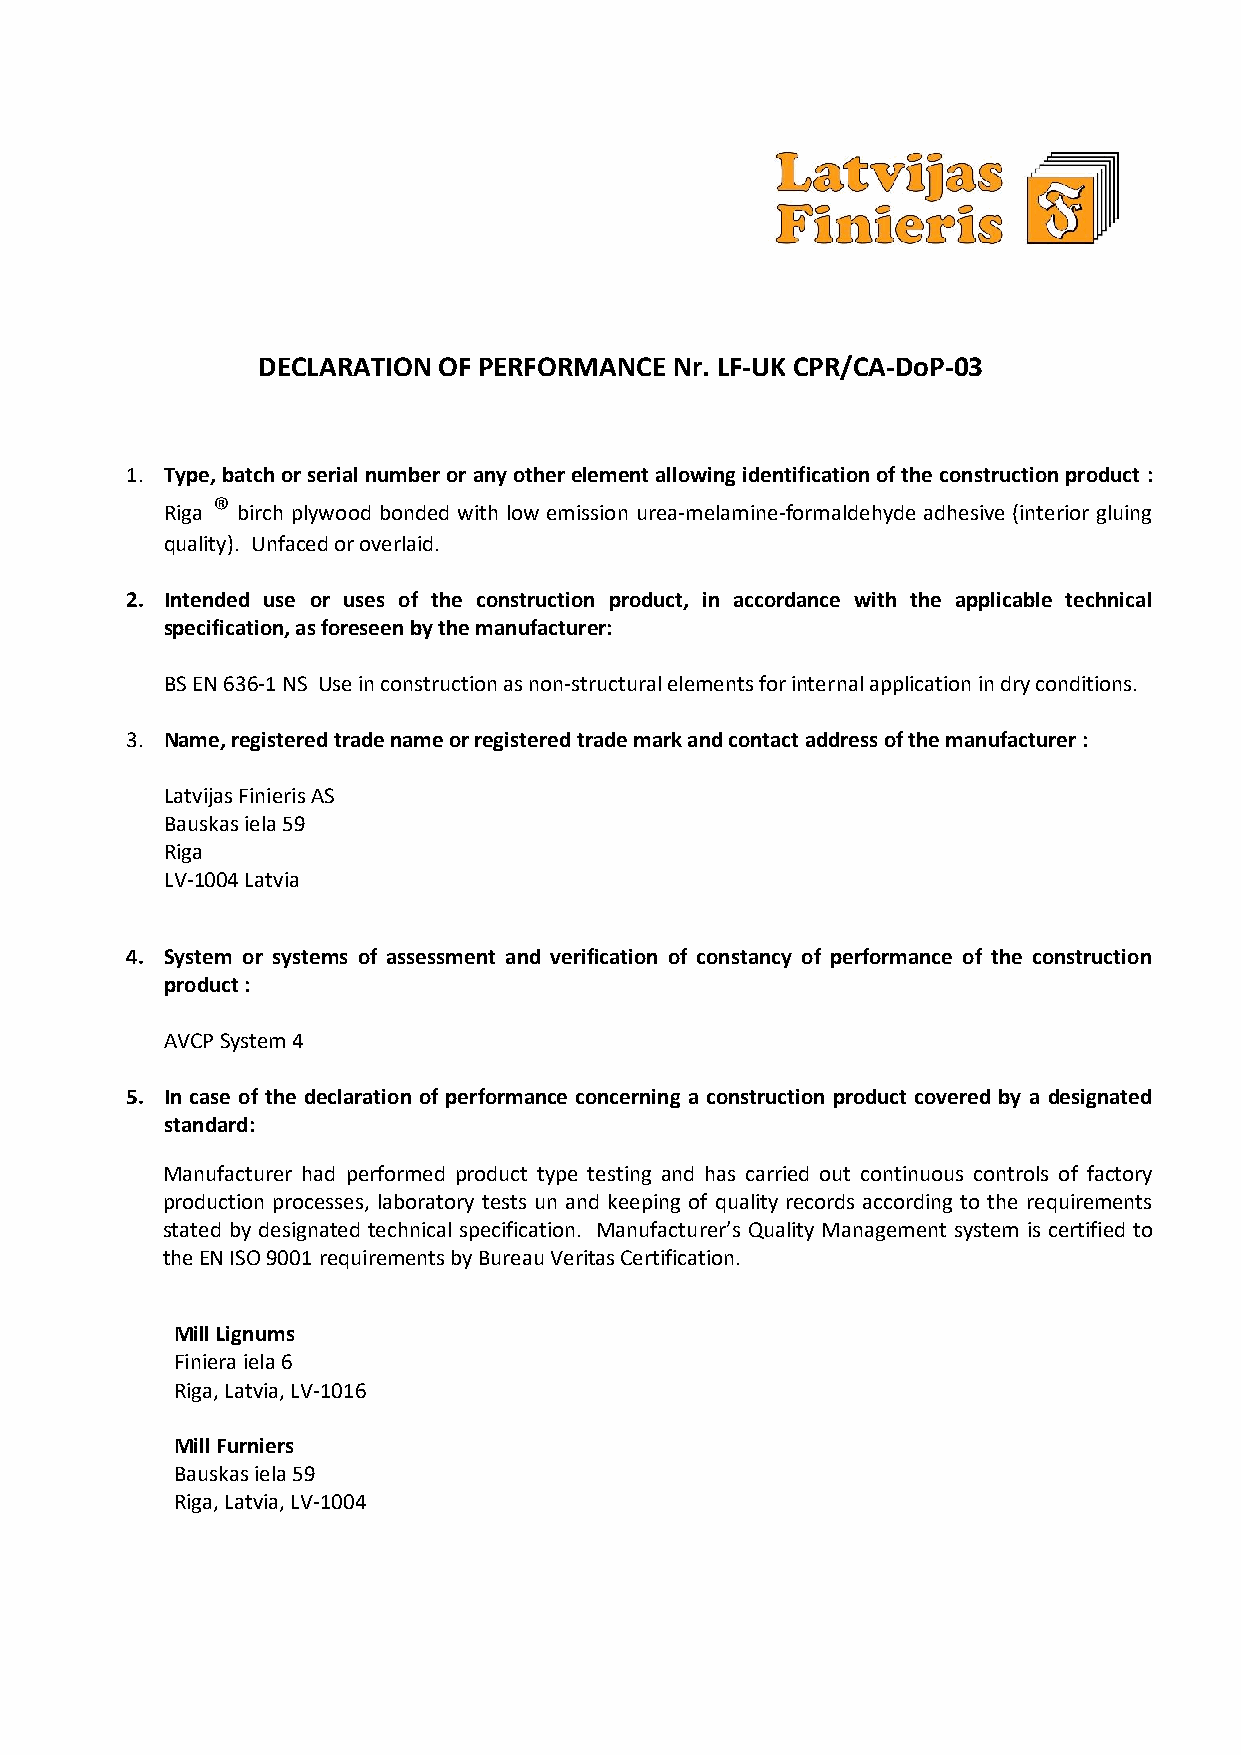
DECLARATION OF PERFORMANCE  Nr. LF-UK CPR/CA-DoP-03
 1. Type, batch or serial number or any other element allowing identification of the construction product :
 ®
 Riga birch plywood bonded with low emission urea-melamine-formaldehyde adhesive (interior gluing
 quality). Unfaced or overlaid.
 2. Intended use or uses of the construction product, in accordance with the applicable technical
 specification, as foreseen by the manufacturer:
 BS EN 636-1 NS Use in construction as non-structural elements for internal application in dry conditions.
 3. Name, registered trade name or registered trade mark and contact address of the manufacturer :
 Latvijas Finieris AS
 Bauskas iela 59
 Riga
 LV-1004 Latvia
 4. System or systems of assessment and verification of constancy of performance of the construction
 product :
 AVCP System 4
 5. In case of the declaration of performance concerning a construction product covered by a designated
 standard:
 Manufacturer had performed product type testing and has carried out continuous controls of factory
 production processes, laboratory tests un and keeping of quality records according to the requirements
 stated by designated technical specification. Manufacturer’s Quality Management system is certified to
 the EN ISO 9001 requirements by Bureau Veritas Certification.
 Mill Lignums
 Finiera iela 6
 Riga, Latvia, LV-1016
 Mill Furniers
 Bauskas iela 59
 Riga, Latvia, LV-1004